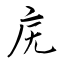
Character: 庑